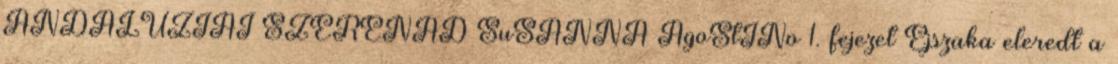
ANDALÚZIAI SZERENÁD SuSANNA AgoStINo 1. fejezet Éjszaka eleredt a